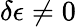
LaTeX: \delta\epsilon\neq 0